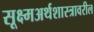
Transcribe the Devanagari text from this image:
सूक्ष्मअर्थशास्त्रावरील